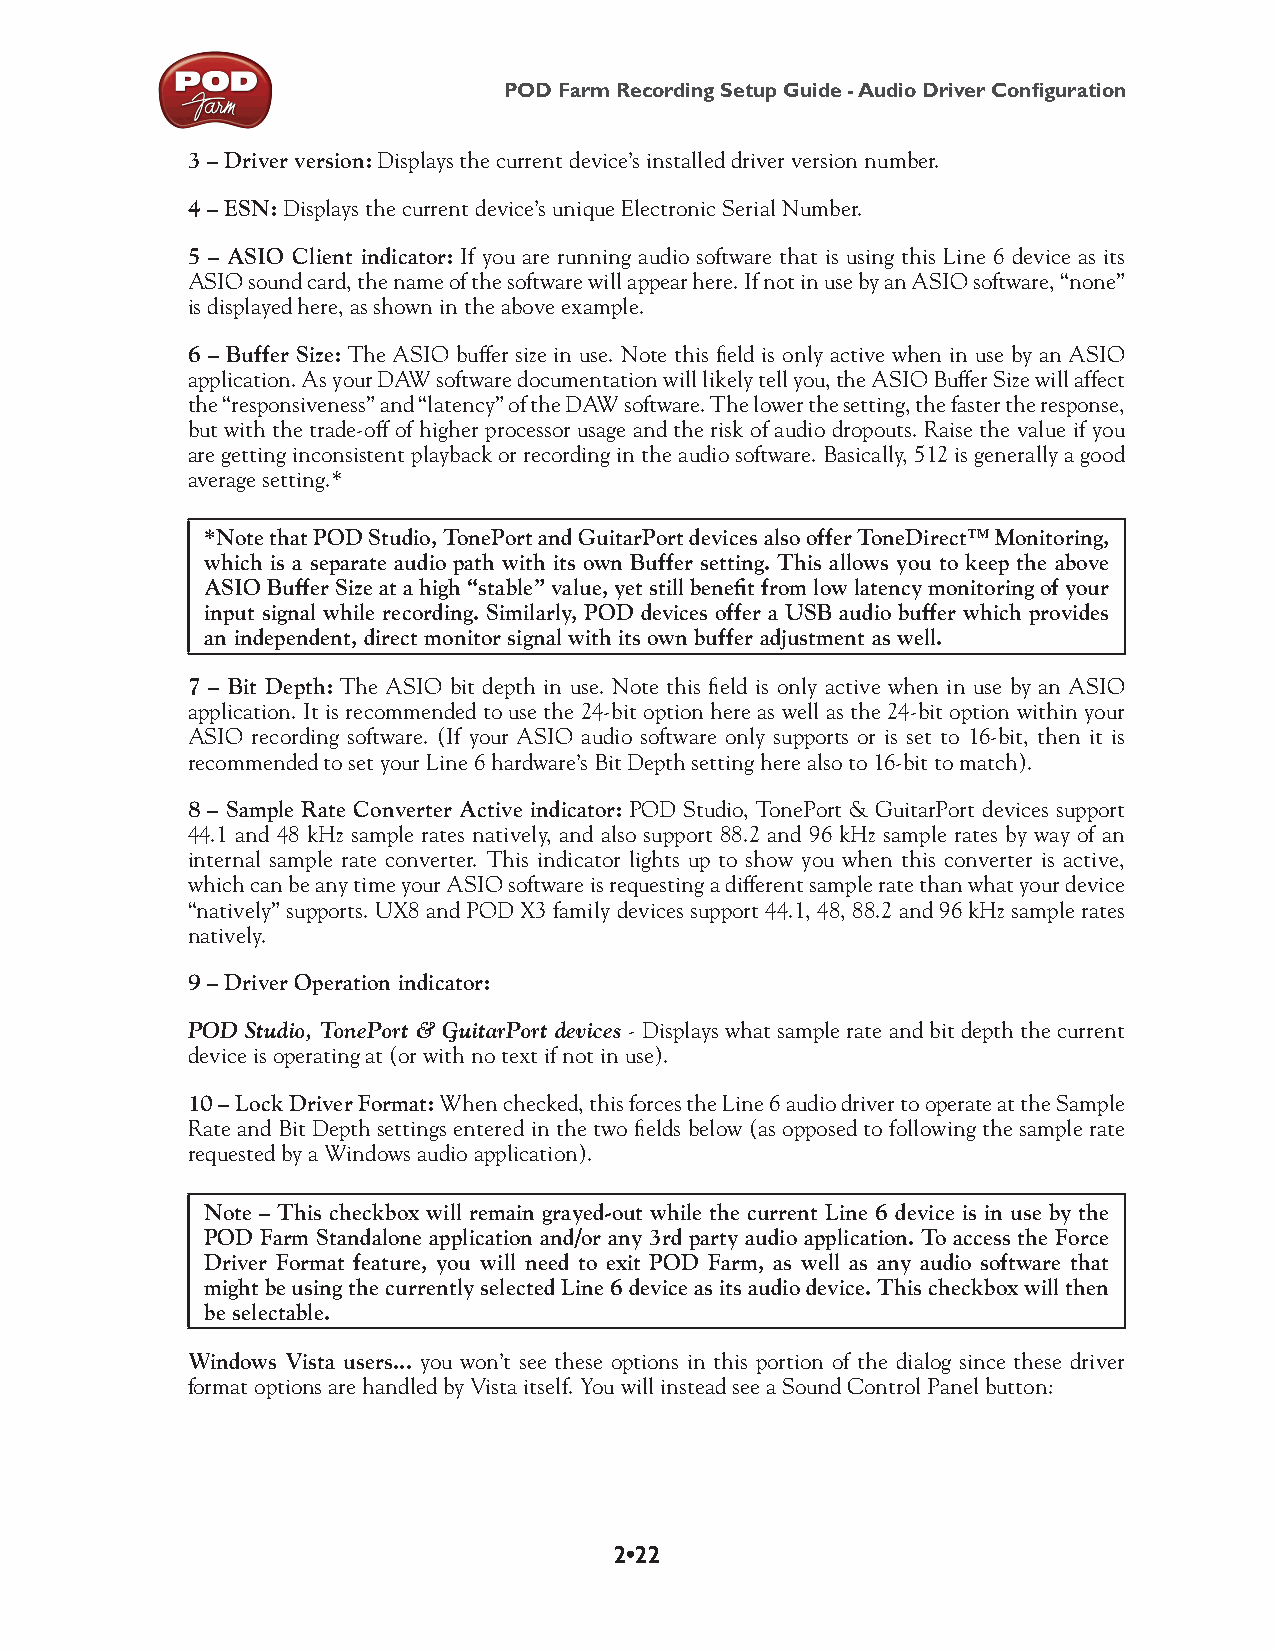
POD Farm Recording Setup Guide - Audio Driver Configuration
 3 – Driver version: Displays the current device’s installed driver version number.
 4 – ESN: Displays the current device’s unique Electronic Serial Number.
 5 – ASIO Client indicator: If you are running audio software that is using this Line 6 device as its
 ASIO sound card, the name of the software will appear here. If not in use by an ASIO software, “none”
 is displayed here, as shown in the above example.
 6 – Buffer Size: The ASIO buffer size in use. Note this field is only active when in use by an ASIO
 application. As your DAW software documentation will likely tell you, the ASIO Buffer Size will affect
 the “responsiveness” and “latency” of the DAW software. The lower the setting, the faster the response,
 but with the trade-off of higher processor usage and the risk of audio dropouts. Raise the value if you
 are getting inconsistent playback or recording in the audio software. Basically, 512 is generally a good
 average setting.*
 *Note that POD Studio, TonePort and GuitarPort devices also offer ToneDirect™ Monitoring,
 which is a separate audio path with its own Buffer setting. This allows you to keep the above
 ASIO Buffer Size at a high “stable” value, yet still benefit from low latency monitoring of your
 input signal while recording. Similarly, POD devices offer a USB audio buffer which provides
 an independent, direct monitor signal with its own buffer adjustment as well.
 7 – Bit Depth: The ASIO bit depth in use. Note this field is only active when in use by an ASIO
 application. It is recommended to use the 24-bit option here as well as the 24-bit option within your
 ASIO recording software. (If your ASIO audio software only supports or is set to 16-bit, then it is
 recommended to set your Line 6 hardware’s Bit Depth setting here also to 16-bit to match).
 8 – Sample Rate Converter Active indicator: POD Studio, TonePort & GuitarPort devices support
 44.1 and 48 kHz sample rates natively, and also support 88.2 and 96 kHz sample rates by way of an
 internal sample rate converter. This indicator lights up to show you when this converter is active,
 which can be any time your ASIO software is requesting a different sample rate than what your device
 “natively” supports. UX8 and POD X3 family devices support 44.1, 48, 88.2 and 96 kHz sample rates
 natively.
 9 – Driver Operation indicator:
 POD Studio, TonePort & GuitarPort devices - Displays what sample rate and bit depth the current
 device is operating at (or with no text if not in use).
 10 – Lock Driver Format: When checked, this forces the Line 6 audio driver to operate at the Sample
 Rate and Bit Depth settings entered in the two fields below (as opposed to following the sample rate
 requested by a Windows audio application).
 Note – This checkbox will remain grayed-out while the current Line 6 device is in use by the
 POD Farm Standalone application and/or any 3rd party audio application. To access the Force
 Driver Format feature, you will need to exit POD Farm, as well as any audio software that
 might be using the currently selected Line 6 device as its audio device. This checkbox will then
 be selectable.
 Windows Vista users... you won’t see these options in this portion of the dialog since these driver
 format options are handled by Vista itself. You will instead see a Sound Control Panel button:
 2•22